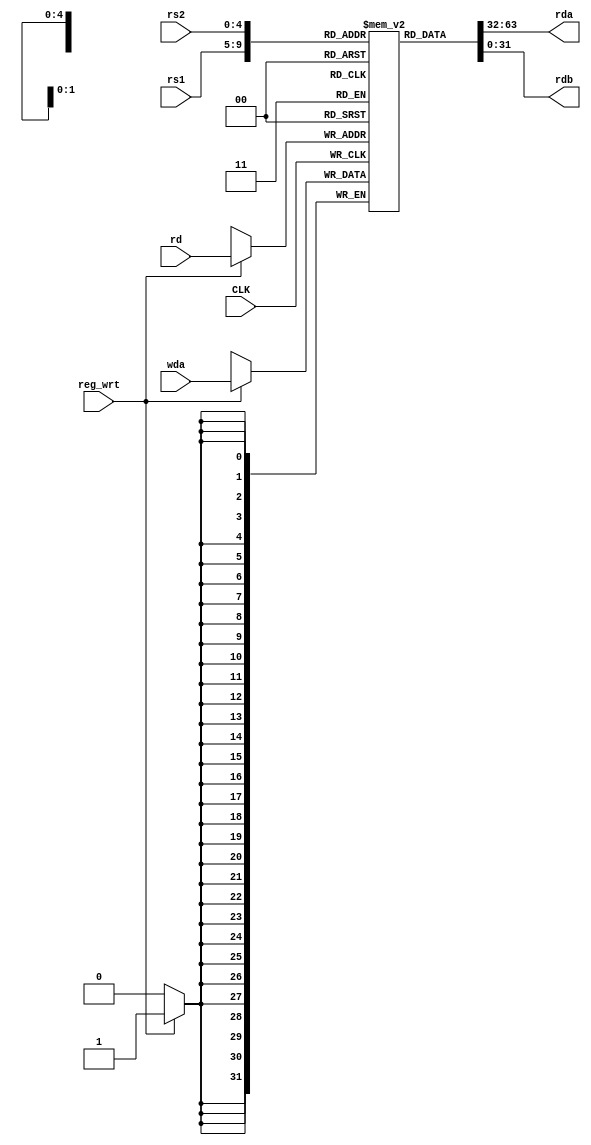
module reg_file (rs1, rs2, rd, wda, reg_wrt, rda, rdb, CLK);
    input CLK;
    input reg_wrt;
    input[4:0] rs1, rs2, rd;
    input[31:0] wda;
    integer i;

    output[31:0] rda, rdb;

    reg [31:0] files [0:31];

    
    initial begin
        for(i = 0; i < 32; i = i + 1)
        begin
            files[i] = 32'b00000000000000000000000000000000;
        end
    end

    assign rda = files[rs1];
    assign rdb = files[rs2];

    always@(posedge CLK)
    begin
        if(reg_wrt == 1)
        begin
            files[rd] = wda;
        end
    end

endmodule